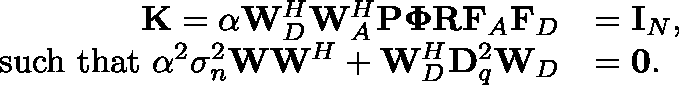
\begin{array} { r l } { \mathbf { K } = \alpha \mathbf { W } _ { D } ^ { H } \mathbf { W } _ { A } ^ { H } \mathbf { P } \mathbf { \Phi } \mathbf { R } \mathbf { F } _ { A } \mathbf { F } _ { D } } & { = \mathbf { I } _ { N } , } \\ { \mathrm { ~ s u c h ~ t h a t ~ } \alpha ^ { 2 } \sigma _ { n } ^ { 2 } \mathbf { W } \mathbf { W } ^ { H } + \mathbf { W } _ { D } ^ { H } \mathbf { D } _ { q } ^ { 2 } \mathbf { W } _ { D } } & { = \mathbf { 0 } . } \end{array}